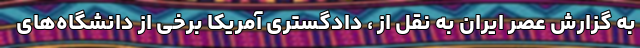
به گزارش عصر ایران به نقل از ، دادگستری آمریکا برخی از دانشگاه‌های